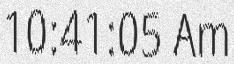
10:41:05 Am